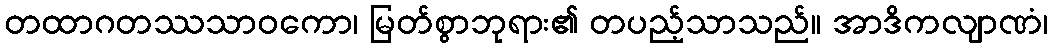
တထာဂတဿသာဝကော၊ မြတ်စွာဘုရား၏ တပည့်သာသည်။ အာဒိကလျာဏံ၊